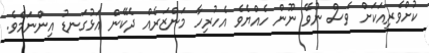
ކުށްވެރިއަކަށް ވެސް ނުވޭ ނޫން ހެއްޔެވެ އެހުރިހާ މަންޒަރެއް ދެކޭން އަޅުގަނޑު އިންނަމެވެ.